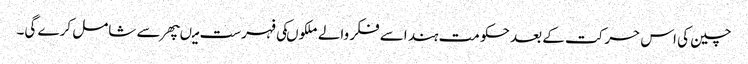
چین کی اس حرکت کے بعد حکومت ہند اسے فکر والے ملکوںکی فہرست میںپھر سے شامل کرے گی۔